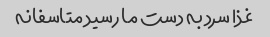
غذا سرد به دست ما رسید متاسفانه